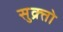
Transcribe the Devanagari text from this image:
सुक्र्तो